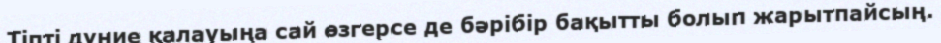
Тіпті дүние қалауыңа сай өзгерсе де бәрібір бақытты болып жарытпайсың.